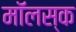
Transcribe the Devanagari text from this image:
मॉलस्क